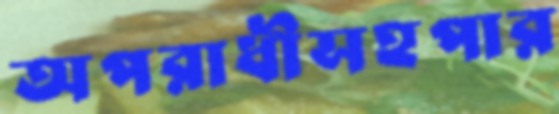
অপরাধীসহপার